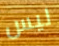
ليس